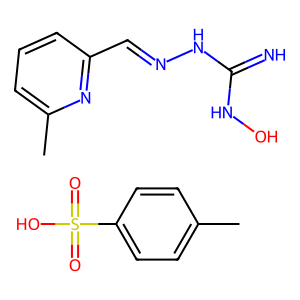
SMILES: Cc1ccc(S(=O)(=O)O)cc1.Cc1cccc(C=NNC(=N)NO)n1
Inhibits HIV replication: No